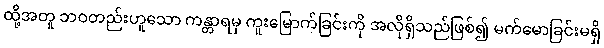
ထို့အတူ ဘဝတည်းဟူသော ကန္တာရမှ ကူးမြောက်ခြင်းကို အလိုရှိသည်ဖြစ်၍ မက်မောခြင်းမရှိ